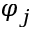
\varphi _ { j }